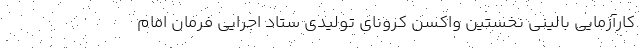
کارآزمایی بالینی نخستین واکسن کرونای تولیدی ستاد اجرایی فرمان امام